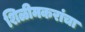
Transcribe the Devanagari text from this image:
शिळीमकरांचा